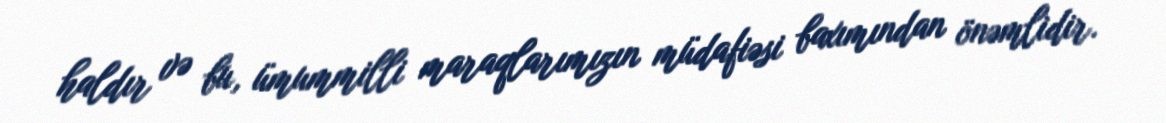
haldır və bu, ümummilli maraqlarımızın müdafiəsi baxımından önəmlidir.